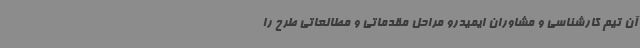
آن تیم کارشناسی و مشاوران ایمیدرو مراحل مقدماتی و مطالعاتی طرح را